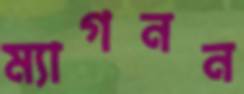
ম্যাগনন